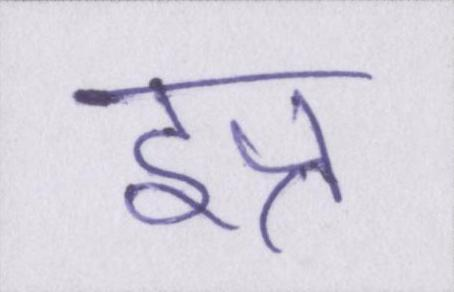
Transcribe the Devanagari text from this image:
इत्र